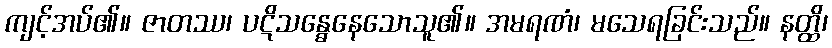
ကျင့်အပ်၏။ ဇာတဿ၊ ပဋိသန္ဓေနေသောသူ၏။ အမရဏံ၊ မသေရခြင်းသည်။ နတ္ထိ၊